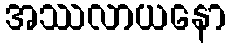
အဿလာယနော